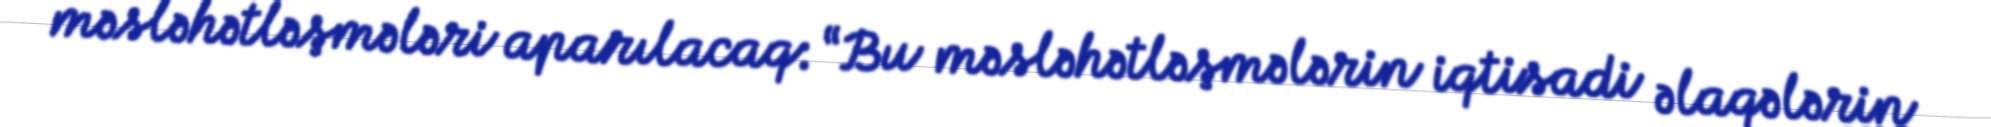
məsləhətləşmələri aparılacaq: “Bu məsləhətləşmələrin iqtisadi əlaqələrin